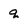
Character: q